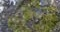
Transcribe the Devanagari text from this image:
अद्यापन